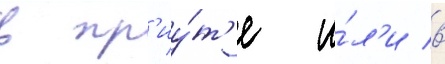
в пр'иу́т'е и́л'и в